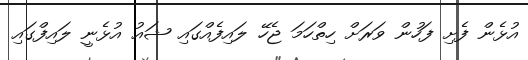
އުޅެން ފެށި ފަހުން ވަރަށް ހިތްހަމަ ޖެހޭ ލައިފެއްގައި ޝައު އުޅެނީ ލައިފްގައި